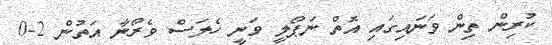
ކުރިން ތިން ވަނައިގައި އޮތް ނަޕޯލީ ވަނީ ހެލަސް ވެރޯނާ އަތުން 2-0